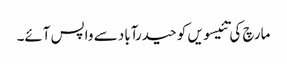
مارچ کی تئیسویں کو حیدرآباد سے واپس آئے۔